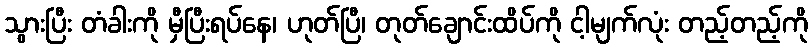
သွားပြီး တံခါးကို မှီပြီးရပ်နေ၊ ဟုတ်ပြီ၊ တုတ်ချောင်းထိပ်ကို ငါ့မျက်လုံး တည့်တည့်ကို